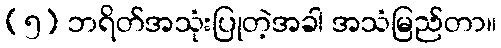
(၅) ဘရိတ်အသုံးပြုတဲ့အခါ အသံမြည်တာ။